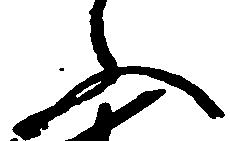
ふ